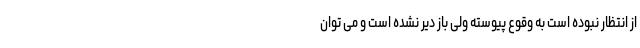
از انتظار نبوده است به وقوع پیوسته ولی باز دیر نشده است و می توان